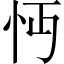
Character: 𢗔